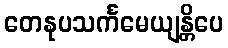
တေနုပသင်္ကမေယျန္တိပေ